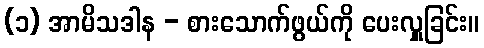
(၁) အာမိသဒါန - စားသောက်ဖွယ်ကို ပေးလှူခြင်း။